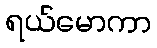
ရယ်မောကာ